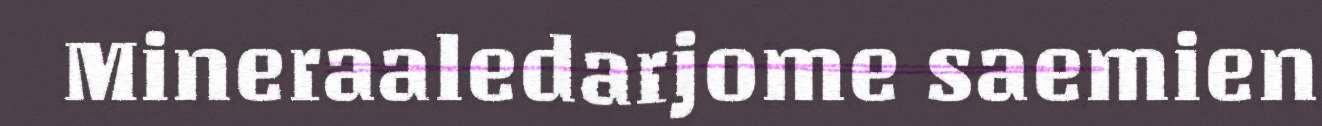
Mineraaledarjome saemien